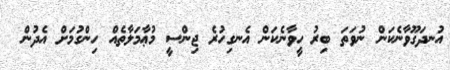
އުނދަގޫވާނެކަން ނުވަތަ ބިރު ހީވާނެކަން އެނގިހުރެ ޖިންސީ މުޢާމަލާތެއް ހިންގުމަށް އެދުން